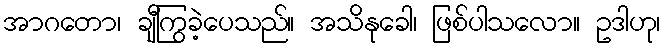
အာဂတော၊ ချီကြွခဲ့ပေသည်။ အသိနုခေါ၊ ဖြစ်ပါသလော။ ဥဒါဟု၊